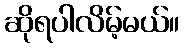
ဆိုရပါလိမ့်မယ်။